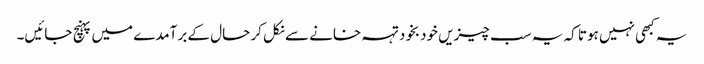
یہ کبھی نہیں ہوتا کہ یہ سب چیزیں خودبخود تہہ خانے سے نکل کر حال کے برآمدے میں پہنچ جائیں۔